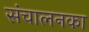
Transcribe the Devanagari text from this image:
संचालनका